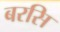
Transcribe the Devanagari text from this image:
बरसि